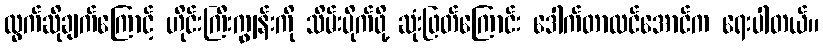
ထွက်ဆိုချက်ကြောင့် ဟိုင်းကြီးကျွန်းကို သိမ်းပိုက်ဖို့ ဆုံးဖြတ်ကြောင်း ဒေါက်တာထင်အောင်က ရေးပါတယ်။